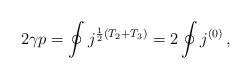
LaTeX: \begin{align*}2\gamma p= \oint j^{\frac{1}{2}(T_{2}+T_{3})}=2\oint j^{(0)}\, ,\end{align*}